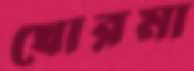
খোরমা